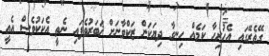
ގޭތެރޭގައި އެހުރިހާ ކަމެއް ހިނގާ ދިޔަކަން ޒަކްވާނަށް ޚަބަރުވެފައި ނެތީ އެކަކުވެސް އެއީ